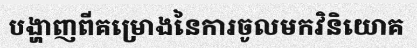
បង្ហាញពីគម្រោងនៃការចូលមកវិនិយោគ